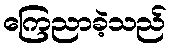
ကြေညာခဲ့သည်